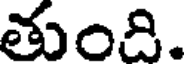
తుంది.